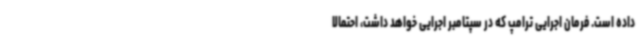
داده است. فرمان اجرایی ترامپ که در سپتامبر اجرایی خواهد داشت، احتمالا